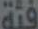
فئة